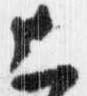
上